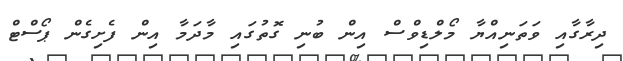
ދިރާގާއި ވަތަނިއްޔާ މޯލްޑިވްސް އިން ބުނި ގޮތުގައި މާދަމާ އިން ފެށިގެން ޕޯސްޓް